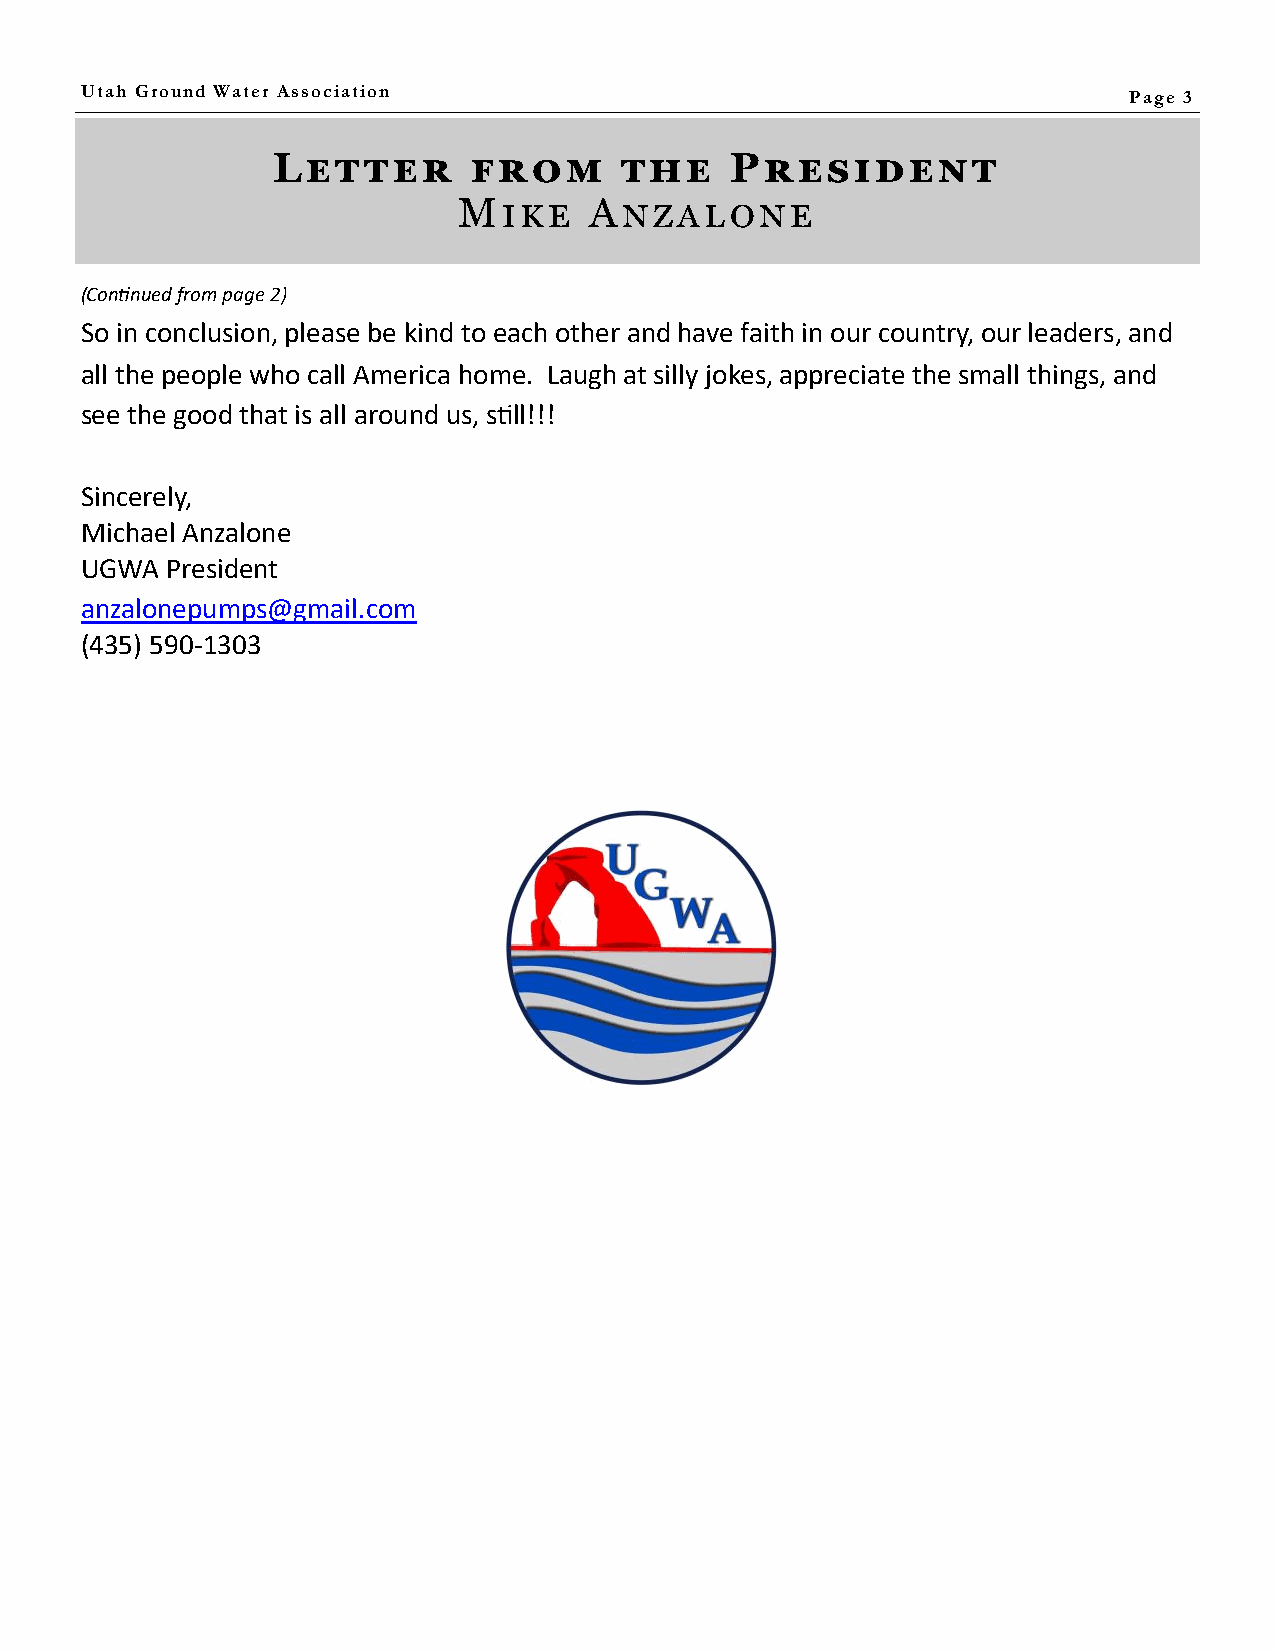
Utah Ground Water Association                                         Page 3
 Letter       from      the    President
 Mike     Anzalone
 (Continued from page 2)
 So in conclusion, please be kind to each other and have faith in our country, our leaders, and
 all the people who call America home. Laugh at silly jokes, appreciate the small things, and
 see the good that is all around us, still!!!
 Sincerely,
 Michael Anzalone
 UGWA  President
 anzalonepumps@gmail.com
 (435) 590-1303